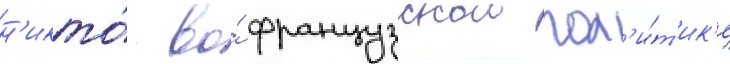
н'икто́ во́ французскои пол'и́т'ик'е